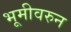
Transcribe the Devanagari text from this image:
भूमीवरुन